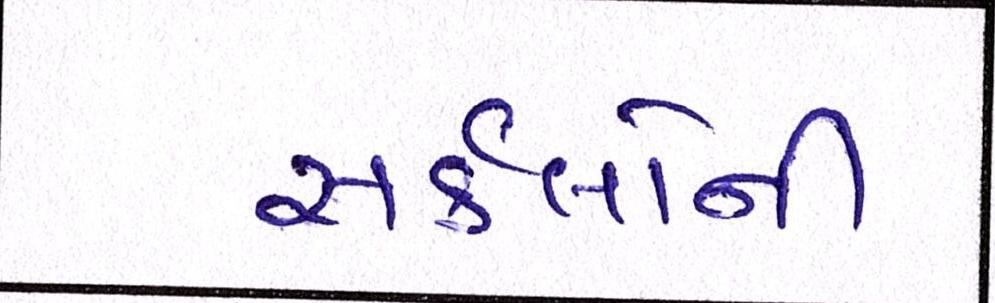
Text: સર્કલોની